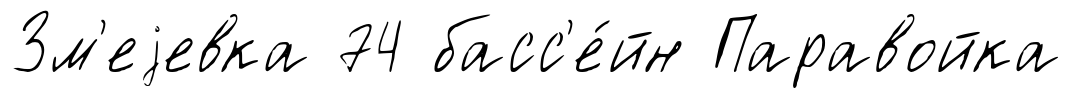
Зм'еjевка 74 басс'е́йн Паравойка